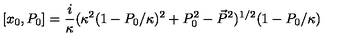
[ x _ { 0 } , P _ { 0 } ] = \frac { i } { \kappa } ( \kappa ^ { 2 } ( 1 - P _ { 0 } / \kappa ) ^ { 2 } + P _ { 0 } ^ { 2 } - \vec { P } ^ { 2 } ) ^ { 1 / 2 } ( 1 - P _ { 0 } / \kappa )